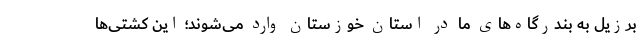
برزیل به بندرگاه‌های ما در استان خوزستان وارد می‌شوند؛ این کشتی‌ها